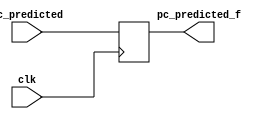
module fetch_reg(input clk, input [63:0]pc_predicted, output [63:0]pc_predicted_f);

/*
This is the pipeline register for the the execute block

At every next clock cycle, the input values that were stored are delivered as output
Non-blocking assignment is used here, since this transfer happens simultaneously for all variables
*/

always @(posedge clk ) begin
    pc_predicted_f <= pc_predicted;
end

endmodule